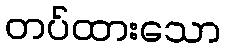
တပ်ထားသော